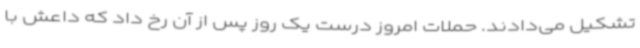
تشکیل می‌دادند. حملات امروز درست یک روز پس از آن رخ داد که داعش با